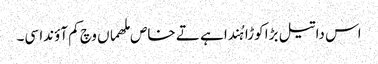
اس دا تیل بڑا کوڑا ہُندا ہے تے خاص ملھماں وچ کم آؤندا سی۔